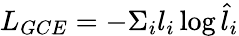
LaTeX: L_{GCE}=-\Sigma_{i}l_{i}\log{\hat{l}_{i}}